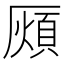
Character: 𭆖